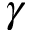
\gamma